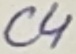
Text: C4